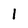
Character: 1